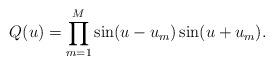
LaTeX: \begin{align*}Q(u)= \prod\limits_{m=1}^M \sin (u-u_m) \sin (u+u_m).\end{align*}